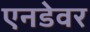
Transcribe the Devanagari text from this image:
एनडेवर